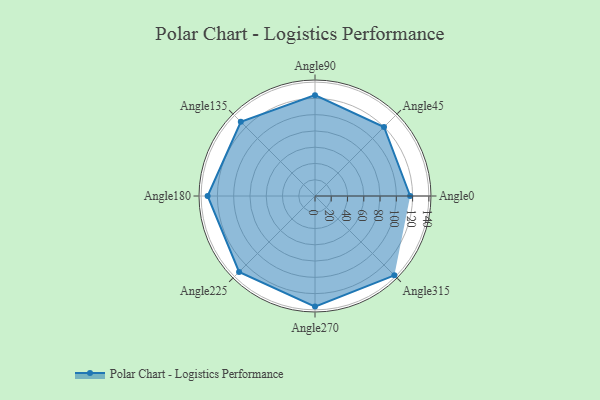
{"axis": {"x": "Angle", "y": "Radius"}, "legend": [""], "data": [{"x": "Angle0", "y": 117.0, "type": ""}, {"x": "Angle45", "y": 120.0, "type": ""}, {"x": "Angle90", "y": 124.0, "type": ""}, {"x": "Angle135", "y": 129.0, "type": ""}, {"x": "Angle180", "y": 132.0, "type": ""}, {"x": "Angle225", "y": 132.0, "type": ""}, {"x": "Angle270", "y": 136.0, "type": ""}, {"x": "Angle315", "y": 138.0, "type": ""}]}